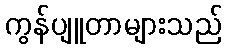
ကွန်ပျူတာများသည်